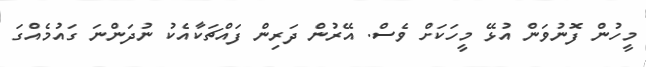
މީހުން ފޮނުވަން އުޅޭ މީހަކަށް ވެސް. އޭރުން ދަރިން ފައްޗަކާއެކު ނުދަންނަ ގައުމެއްގަ